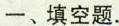
一、填空题.